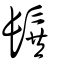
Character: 髸